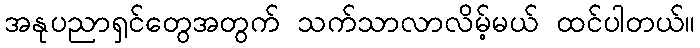
အနုပညာရှင်တွေအတွက် သက်သာလာလိမ့်မယ် ထင်ပါတယ်။